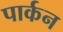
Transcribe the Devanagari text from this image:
पार्कन